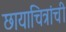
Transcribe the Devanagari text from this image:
छायाचित्रांची